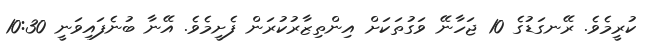
ކުރީމެވެ. ރޭނގަޑުގެ 10 ޖަހާނޭ ވަގުތަކަށް އިންތިޒާރުކުރަން ފެށީމެވެ. އޭނާ ބުނެފައިވަނީ 10:30